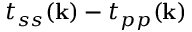
t _ { s s } ( \mathbf { k } ) - t _ { p p } ( \mathbf { k } )